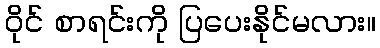
ဝိုင် စာရင်းကို ပြပေးနိုင်မလား။